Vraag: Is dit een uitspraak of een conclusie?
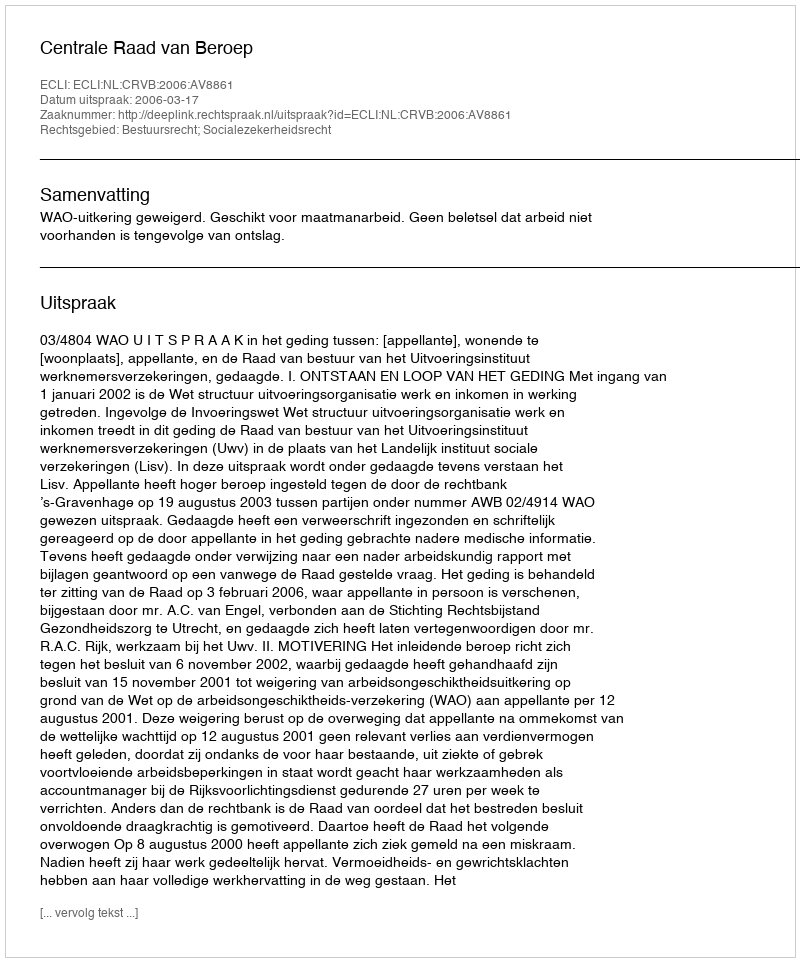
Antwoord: Uitspraak